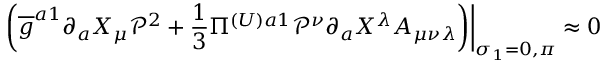
\left. \left( \overline { { { g } } } ^ { a 1 } \partial _ { a } X _ { \mu } \mathcal { P } ^ { 2 } + \frac { 1 } { 3 } \Pi ^ { ( U ) a 1 } \mathcal { P } ^ { \nu } \partial _ { a } X ^ { \lambda } A _ { \mu \nu \lambda } \right) \right| _ { \sigma _ { 1 } = 0 , \pi } \approx 0